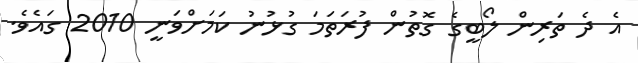
އެ ދެ ތަރިން ލޯބީގެ ގޮތުން ފުރަތަމަ ގުޅުނު ކަމަށްވަނީ 2010 ގައެވެ.